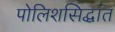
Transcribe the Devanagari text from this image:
पोलिशसिद्धांत